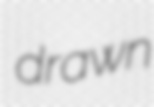
drawn